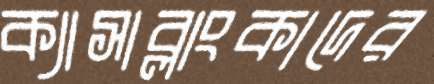
ক্যাসাব্লাংকাদের